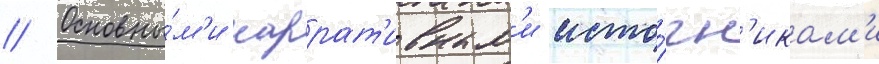
// Основны́м'и наррат'ивным'и исто́чн'икам'и